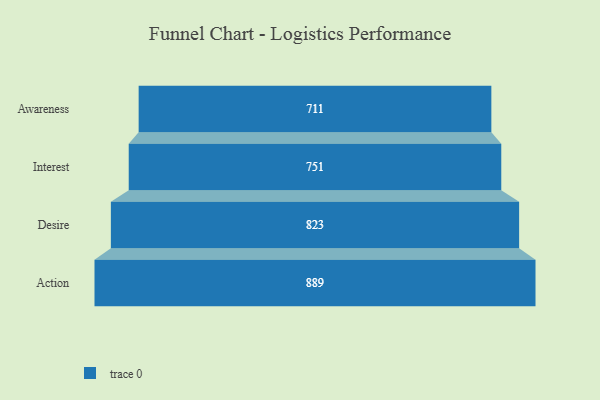
{"axis": {"x": "Stage", "y": "Value"}, "legend": [""], "data": [{"x": "Awareness", "y": 711.0, "type": ""}, {"x": "Interest", "y": 751.0, "type": ""}, {"x": "Desire", "y": 823.0, "type": ""}, {"x": "Action", "y": 889.0, "type": ""}]}